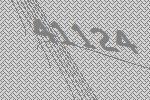
41124